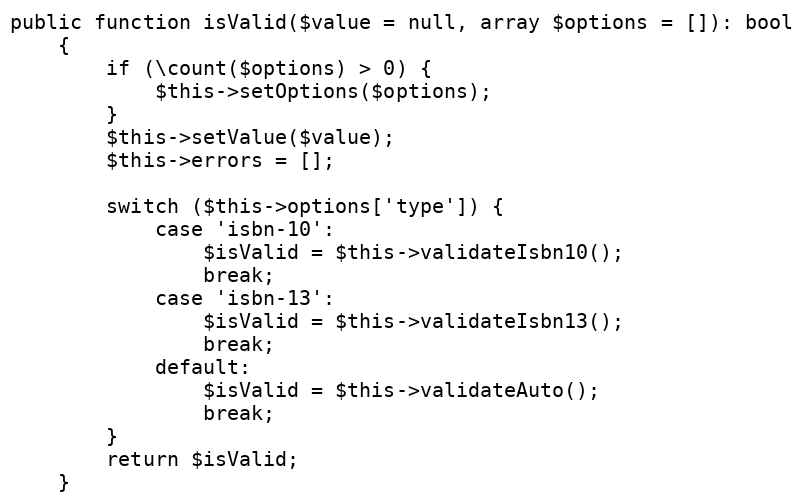
Language: PHP
public function isValid($value = null, array $options = []): bool
    {
        if (\count($options) > 0) {
            $this->setOptions($options);
        }
        $this->setValue($value);
        $this->errors = [];

        switch ($this->options['type']) {
            case 'isbn-10':
                $isValid = $this->validateIsbn10();
                break;
            case 'isbn-13':
                $isValid = $this->validateIsbn13();
                break;
            default:
                $isValid = $this->validateAuto();
                break;
        }
        return $isValid;
    }